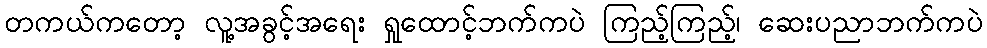
တကယ်ကတော့ လူ့အခွင့်အရေး ရှုထောင့်ဘက်ကပဲ ကြည့်ကြည့်၊ ဆေးပညာဘက်ကပဲ